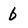
Character: 6